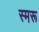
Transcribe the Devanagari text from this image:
स्मरू